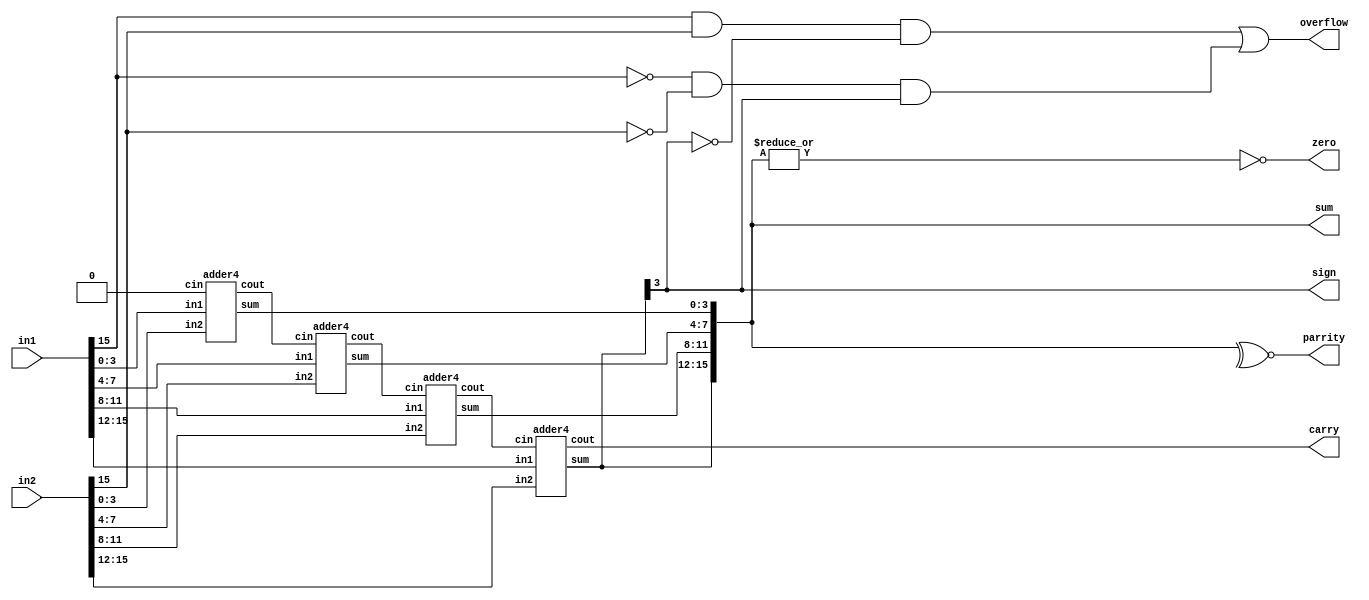
module adder16RCA (in1,in2,sum,carry,sign,zero,parrity,overflow);
    input [15:0]in1;
    input [15:0]in2;
    output [15:0]sum;
    output carry, sign, zero, parrity, overflow;
    wire [2:0]C;
    adder4 A1(in1[3:0], in2[3:0], 1'b0, sum[3:0], C[0]);
    adder4 A2(in1[7:4], in2[7:4], C[0], sum[7:4], C[1]);
    adder4 A3(in1[11:8], in2[11:8], C[1], sum[11:8], C[2]);
    adder4 A4(in1[15:12], in2[15:12], C[2], sum[15:12], carry);

    //assign {carry,sum}=in1+in2;
    assign sign=sum[15];
    assign zero= ~|sum;
    assign parrity= ~^sum;
    assign overflow=(in1[15]&in2[15]& ~sum[15])|(~in1[15]&~in2[15]&sum[15]);
    
endmodule



module adder4 (in1,in2,cin,sum,cout);
    input [3:0] in1, in2;
    output [3:0] sum;
    input cin;
    output cout;
    wire c1,c2,c3;
    fulladder F1(sum[0],c1,in1[0],in2[0],cin);
    fulladder F2(sum[1],c2,in1[1],in2[1],c1);
    fulladder F3(sum[2],c3,in1[2],in2[2],c2);
    fulladder F4(sum[3],cout,in1[3],in2[3],c3);


    //assign {cout,sum}=in1+in2+cin;
endmodule

module fulladder(sum,cout,in1,in2,cin);
    input in1,in2,cin;
    output cout,sum;
    wire w1,w2,w3;

    xor G1 (w1,in1,in2), G2(sum,cin,w1), G3(cout,w2,w3);
    and G4 (w2,in1, in2), G5(w3,cin,w1);
endmodule

/*
module LCA(in1,in2,cin,sum,cout);
    input [3:0]in1, in2;
    output [3:0]sum;
    output cout;
    input cin;
    wire g1,g2,g3,g0;
    wire p1,p2,p3,p0;
    wire c1,c2,c3;

    xor G1(p0,in1[0],in2[0]), G2(p1,in1[1],in2[1]), G3(p2,in1[2],in2[2]), G4(p3,in1[3],in2[3]), G5(sum[1],p1,c1), G6(sum[0],p0,cin), G7(sum[2],p2,c2), G8(sum[3],p3,c3);

    // assign p0=(in1[0])^(in2[0]);
    // assign p1=in1[1]^in2[1];
    // p2=in1[2]^in2[2];
    // p3=in1[3]^in2[3];
    
    assign g0=in1[0]&in2[0];
    assign g1=in1[1]&in2[1];
    assign g2=in1[2]&in2[2];
    assign g3=in1[3]&in2[3];
    
    assign c1=g0|(p0&cin);
    assign c2=g1|(p1&c1);
    assign c3=g2|(p2&c2);
    assign cout=g3|(p3&c3);

    // sum[0]=p0^cin;
    // sum[1]=p1^c1;
    // sum[2]=p2^c2;
    // sum[3]=p3^c3;

endmodule
*/